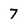
Character: 7